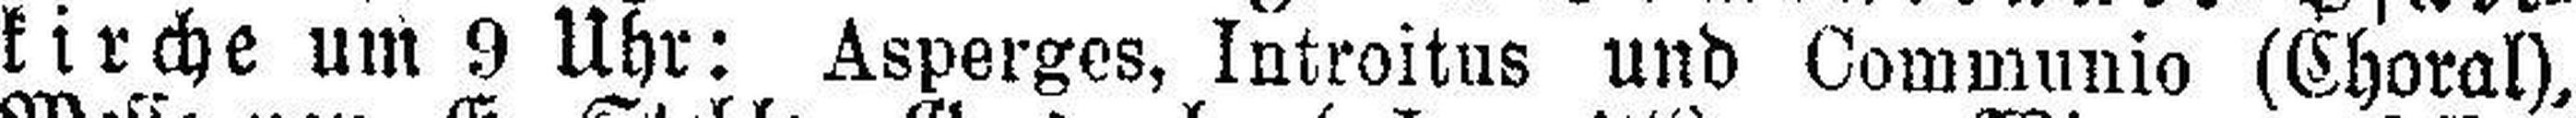
kirche um 9 Uhr: Asperges, Introitus und Communie (Choral),